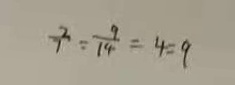
\frac { 7 } { 7 } : \frac { 9 } { 1 4 } = 4 : 9